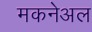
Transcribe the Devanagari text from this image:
मकनेअल